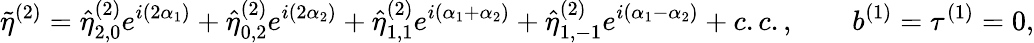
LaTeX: \tilde{\eta}^{(2)}=\hat{\eta}_{2,0}^{(2)}e^{i(2\alpha_{1})}+\hat{\eta}_{0,2}^{(2)}e^{i(2\alpha_{2})}+\hat{\eta}_{1,1}^{(2)}e^{i(\alpha_{1}+\alpha_{2})}+\hat{\eta}_{1,-1}^{(2)}e^{i(\alpha_{1}-\alpha_{2})}+c.c.,\qquad b^{(1)}=\tau^{(1)}=0,